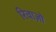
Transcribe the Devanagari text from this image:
रिवाज़ो